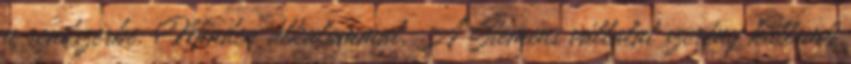
a rendszerbe. Minden alkalommal. A Siemens vállalat szerény küllemű